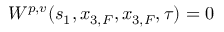
W ^ { p , v } ( s _ { 1 } , x _ { 3 , F } , x _ { 3 , F } , \tau ) = 0